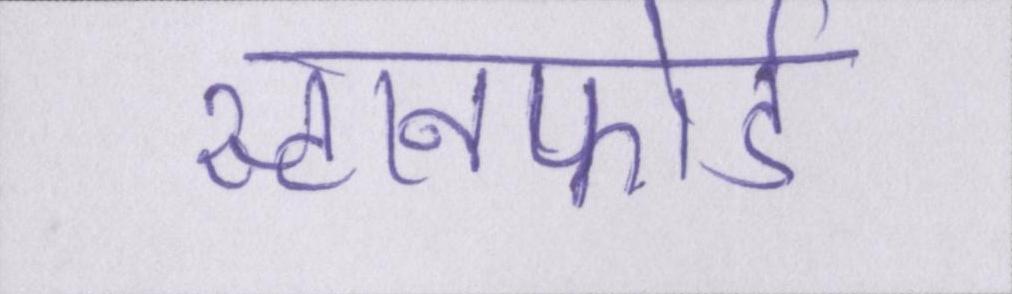
स्टानफोर्ड